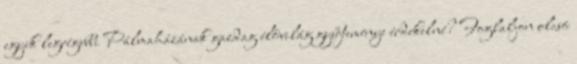
egyik legrégebbi Pálmaházának gazdag élővilág gyűjteménye érdekelné? Foglaljon olcsó